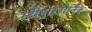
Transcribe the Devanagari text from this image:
स्टीयरिडोनिक